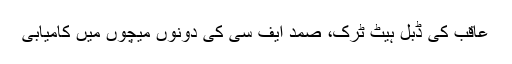
عاقب کی ڈبل ہیٹ ٹرک، صمد ایف سی کی دونوں میچوں میں کامیابی